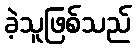
ခဲ့သူဖြစ်သည်